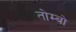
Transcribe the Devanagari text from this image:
तोम्बो